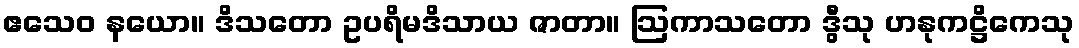
ဧသေဝ နယော။ ဒိသတော ဥပရိမဒိသာယ ဇာတာ။ ဩကာသတော ဒွီသု ဟနုကဋ္ဌိကေသု